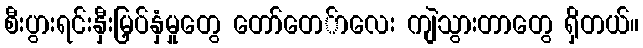
စီးပွားရင်းနှီးမြှပ်နှံမှုတွေ တော်တေ်ာလေး ကျဲသွားတာတွေ ရှိတယ်။